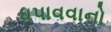
ધપાવવાનો